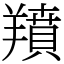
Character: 羵